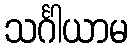
သင်္ဂါယာမ